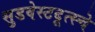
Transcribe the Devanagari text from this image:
सुडवेस्टदूत्स्चे